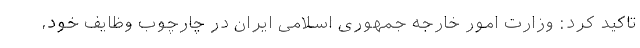
تاکید کرد: وزارت امور خارجه جمهوری اسلامی ایران در چارچوب وظایف خود،